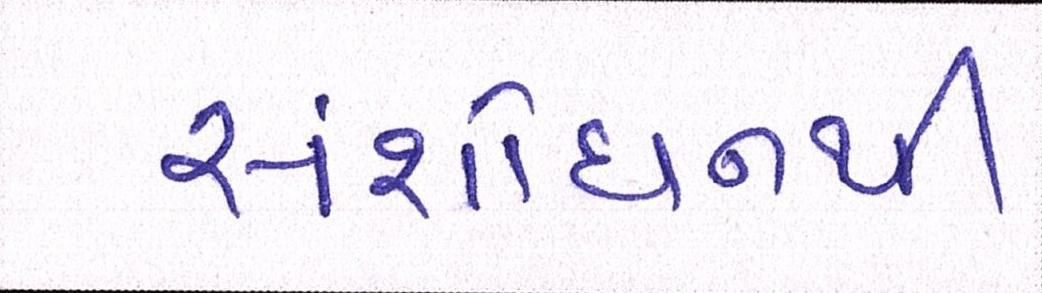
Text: સંશોધનથી